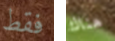
فقط هناك